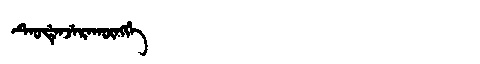
Manchu: ᡨᡝᠣᡩᡝᠨᠵᡝᡵᠠᡴᡡᠩᡤᡝ
Romanization: TEODENJERAKŪNGGE